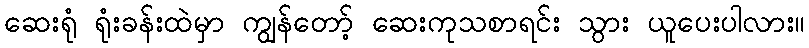
ဆေးရုံ ရုံးခန်းထဲမှာ ကျွန်တော့် ဆေးကုသစာရင်း သွား ယူပေးပါလား။